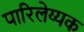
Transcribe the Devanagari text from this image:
पारिलेय्यक